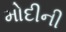
મોદીની